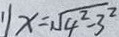
x = \sqrt { 4 ^ { 2 } - 3 ^ { 2 } }